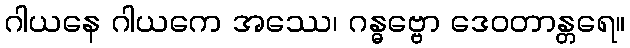
ဂါယနေ ဂါယကေ အဿေ၊ ဂန္ဓဗ္ဗော ဒေဝတာန္တရေ။